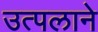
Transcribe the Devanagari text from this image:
उत्पलाने